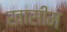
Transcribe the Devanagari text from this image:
खासीम